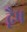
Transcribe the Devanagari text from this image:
द्वैष